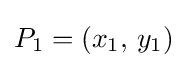
P_{1}=\left(x_{1},\,y_{1}\right)